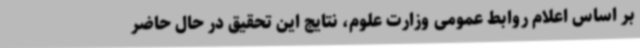
بر اساس اعلام روابط عمومی وزارت علوم، نتایج این تحقیق در حال حاضر